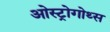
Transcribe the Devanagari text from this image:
ओस्ट्रोगोथ्स